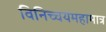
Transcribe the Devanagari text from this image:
विनिच्चयमहामात्र